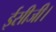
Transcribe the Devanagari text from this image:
ईसीजी।